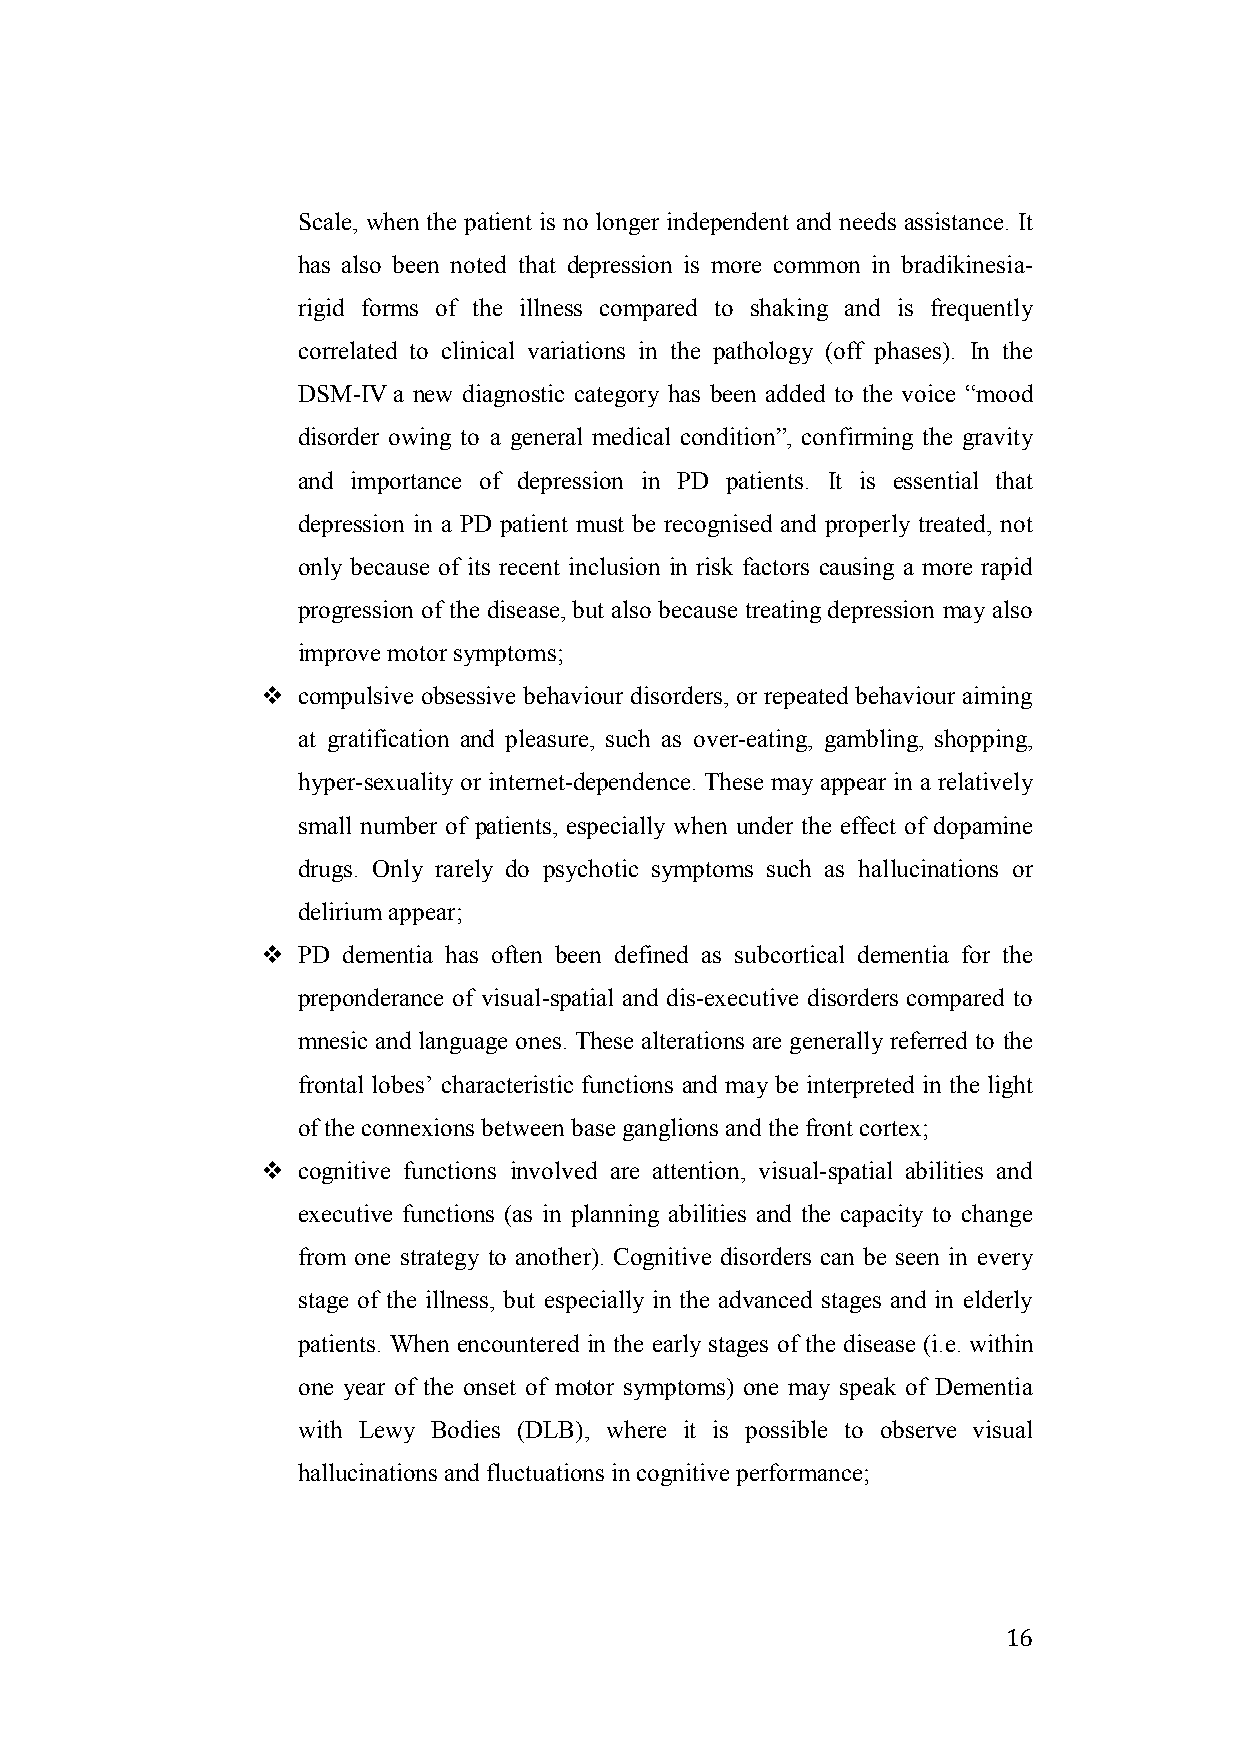
Scale, when the patient is no longer independent and needs assistance. It
 has also been noted that depression is more common in bradikinesia-
 rigid forms of the illness compared to shaking and is frequently
 correlated to clinical variations in the pathology (off phases). In the
 DSM-IV a new diagnostic category has been added to the voice “mood
 disorder owing to a general medical condition”, confirming the gravity
 and importance of depression in PD patients. It is essential that
 depression in a PD patient must be recognised and properly treated, not
 only because of its recent inclusion in risk factors causing a more rapid
 progression of the disease, but also because treating depression may also
 improve motor symptoms;
   compulsive obsessive behaviour disorders, or repeated behaviour aiming
 at gratification and pleasure, such as over-eating, gambling, shopping,
 hyper-sexuality or internet-dependence. These may appear in a relatively
 small number of patients, especially when under the effect of dopamine
 drugs. Only rarely do psychotic symptoms such as hallucinations or
 delirium appear;
   PD dementia has often been defined as subcortical dementia for the
 preponderance of visual-spatial and dis-executive disorders compared to
 mnesic and language ones. These alterations are generally referred to the
 frontal lobes’ characteristic functions and may be interpreted in the light
 of the connexions between base ganglions and the front cortex;
   cognitive functions involved are attention, visual-spatial abilities and
 executive functions (as in planning abilities and the capacity to change
 from one strategy to another). Cognitive disorders can be seen in every
 stage of the illness, but especially in the advanced stages and in elderly
 patients. When encountered in the early stages of the disease (i.e. within
 one year of the onset of motor symptoms) one may speak of Dementia
 with Lewy Bodies (DLB), where it is possible to observe visual
 hallucinations and fluctuations in cognitive performance;
 16